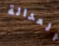
العدالة